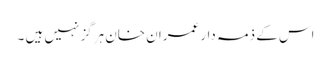
اس کے ذمہ دار عمران خان ہرگز نہیں ہیں ۔